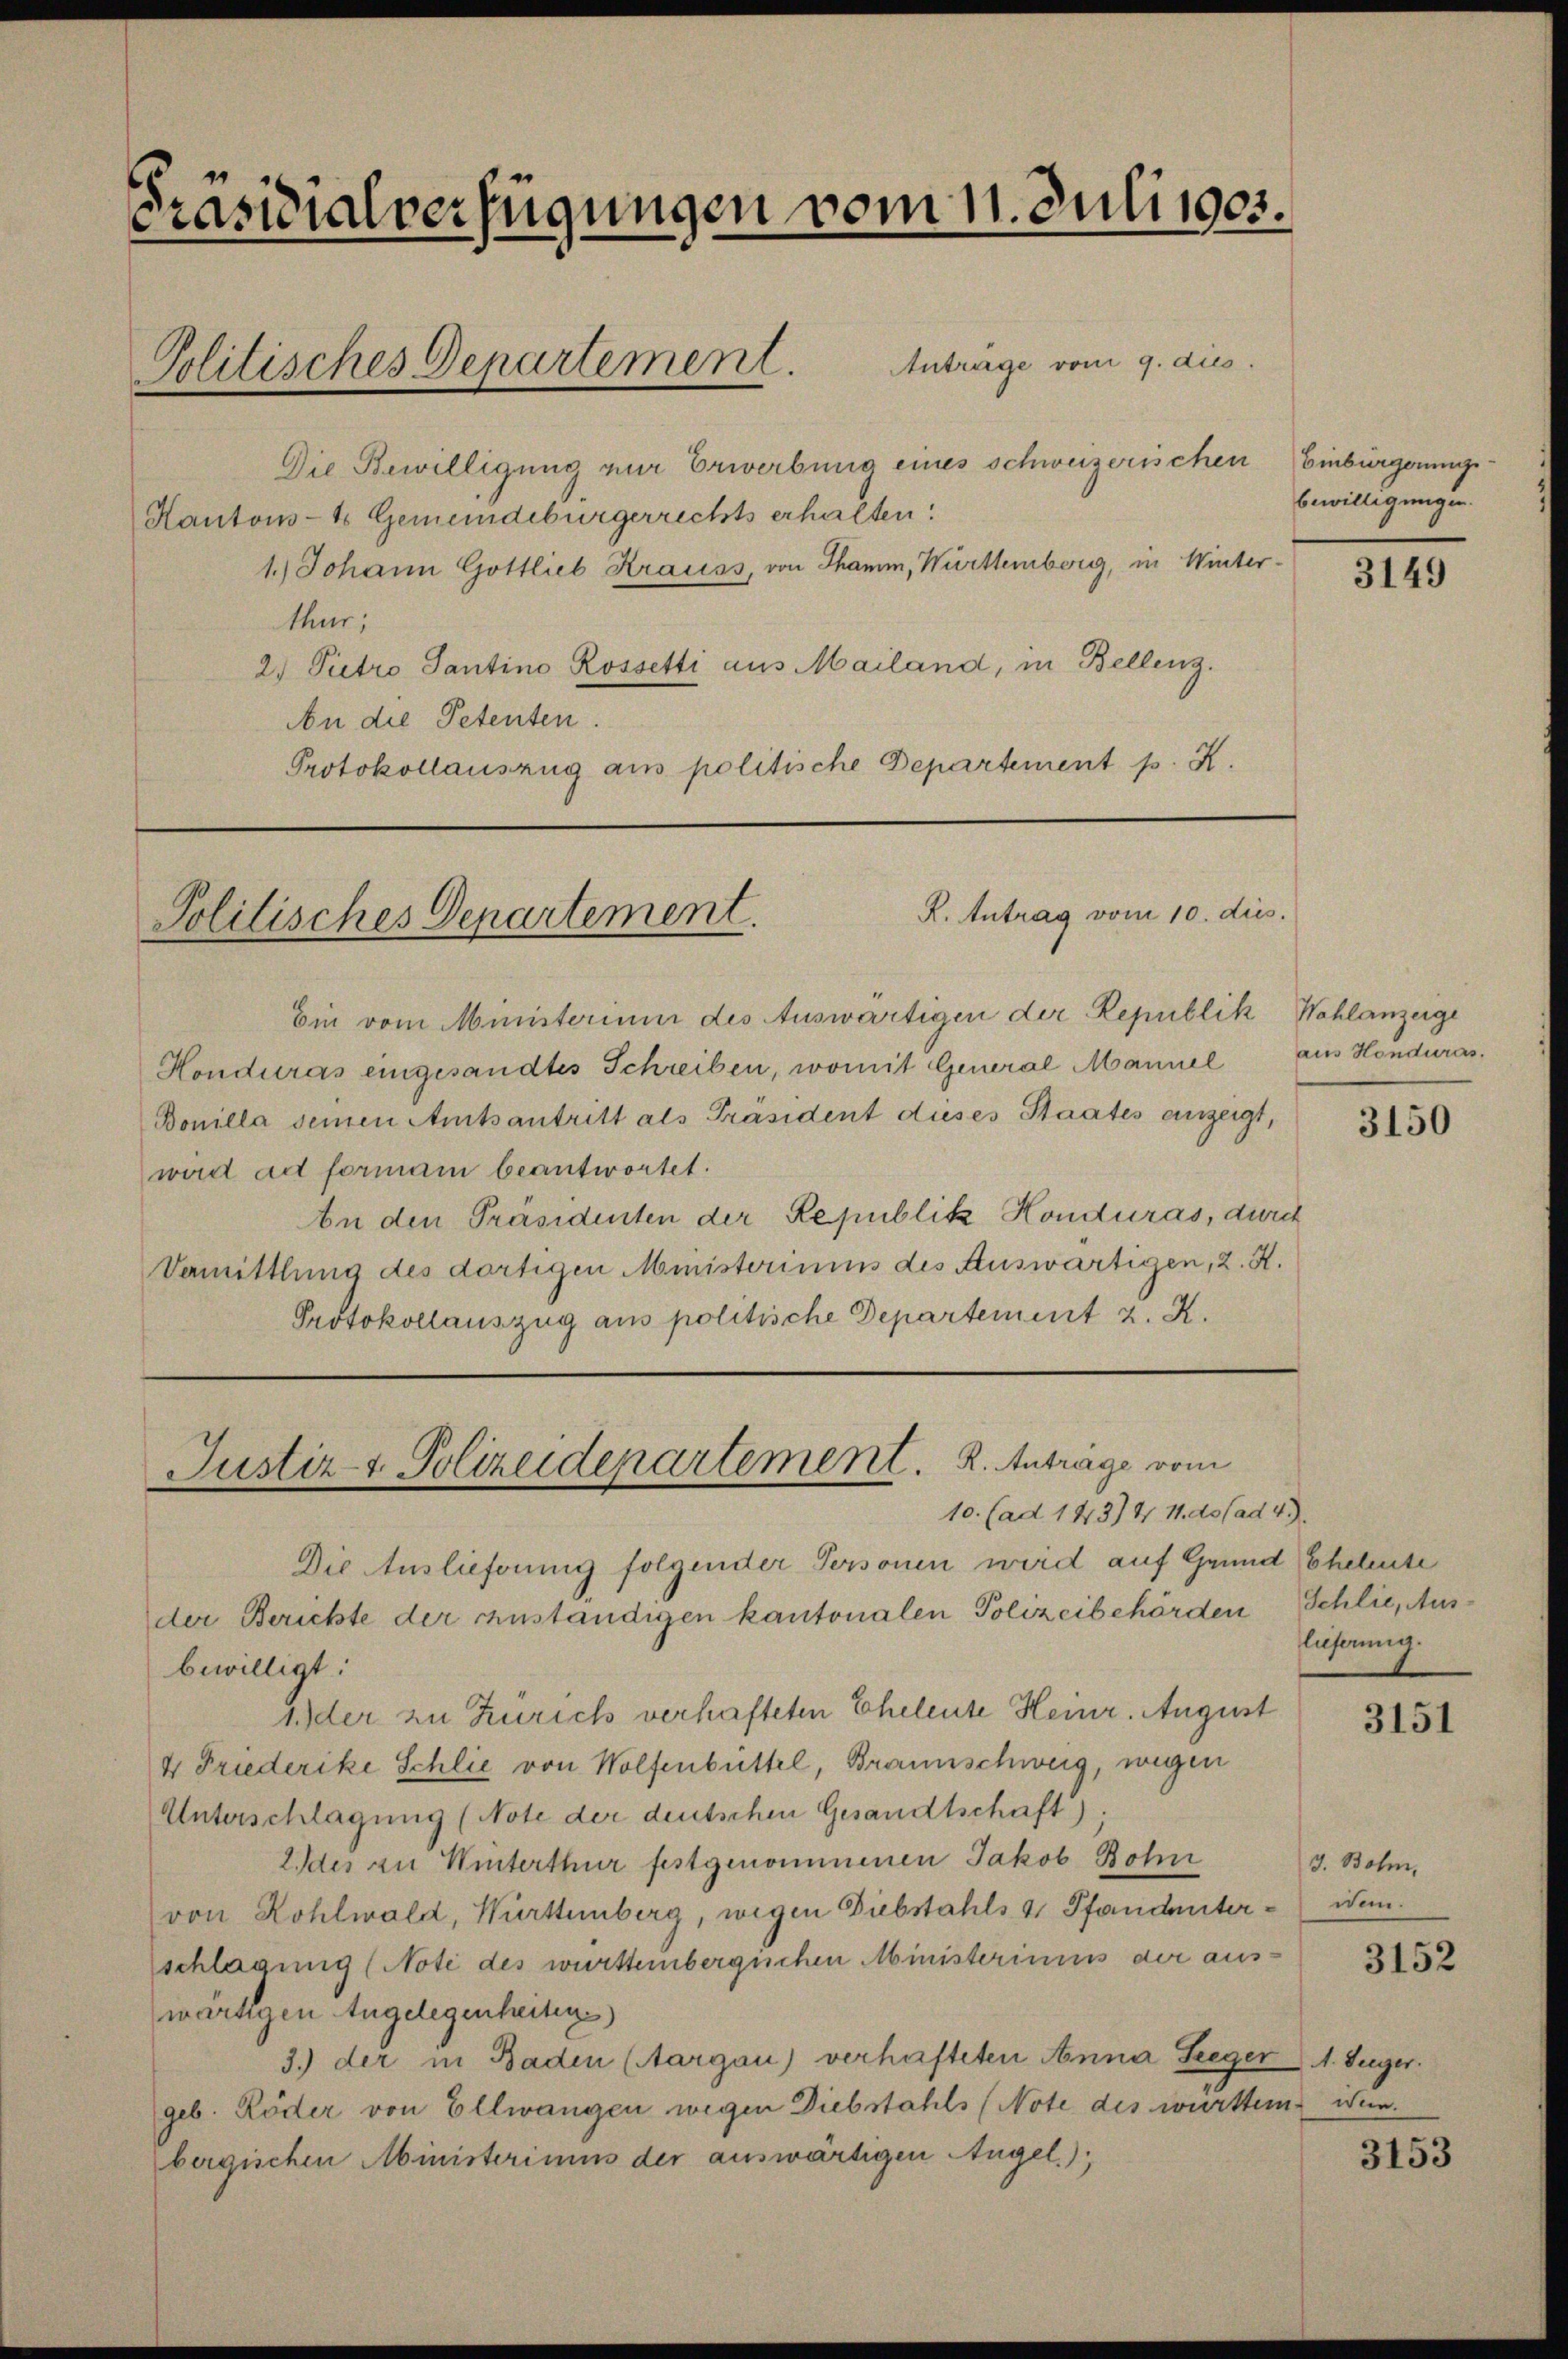
Präsidialverfügungen vom 11. Juli 1905.

Politisches Departement.

R. Antrag vom 10. dies.
Politisches Departement.

Antrage vom 9. dies.
Die Bewilligung zur Erwerbung eines schweizerischen
Kantons- & Gemeindebürgerrechts erhalten:
1.) Johann Gottlieb Krauss, von Thamm, Württemberg, in Winter-
thur;
2) Pietro Santino Rossetti aus Mailand, in Bellenz.
An die Petenten.
Protokollauszug aus politische Departement p. K.

Justiz & Polizeidepartement. 2. Anträge vom
10. (ad 143) & 11. ds (ad 4.

Ein vom Ministerium des Auswärtigen der Republik
Honduras eingesandtes Schreiben, womit General Mannel
Bouilla seinen Amtsantritt als Präsident dieses Staates anzeigt,
wird ad formani beantwortet.
An den Präsidenten der Republik Honduras, durch
Vemittlung des dortigen Ministeriums des Auswärtigen, 2. X.
Protokollauszug aus politische Departement z. K.

Die Auslieferung folgender Personen wird auf Grund Ehetente
der Berichte der anständigen kantonalen Polizeibehörden
bewilligt:
ider zu Zürich verhafteten Eheleute Heinr. August
4 Friederike Schlie von Wolfenbüttel, Braunschweig, wegen
Unterschlagung (Note der deutschen Gesandtschaft)
des zu Winterthur festgenommenen Jakob Bohn
von Kohlwald, Württemberg, wegen Diebstahls 4 Pfandenter - wen
schlagung (Note des württemberglichen Ministeriums der auswärtigen Angelegenheitens
3.) der in Baden (Aargau) verhafteten Anna Seeger 1. Seger.
geb. Röder von Ellwangen wegen Diebstahls (Note des württem Wunberglichen Ministerimus der auswärtigen Angel.);

Einbürgerungsbewilligungen.

3149

Wohlanzeige
aus Honduras.

3150

Schlie, Aus-
licherung.

3151

3. Bohn,

3152

3153